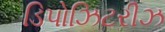
ડિપોઝિટરીઝ